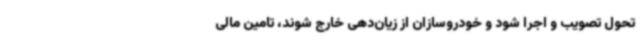
تحول تصویب و اجرا شود و خودروسازان از زیان‌دهی خارج شوند، تامین مالی